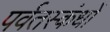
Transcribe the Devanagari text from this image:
पर्वतस्कंधों